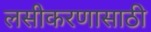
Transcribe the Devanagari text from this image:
लसीकरणासाठी